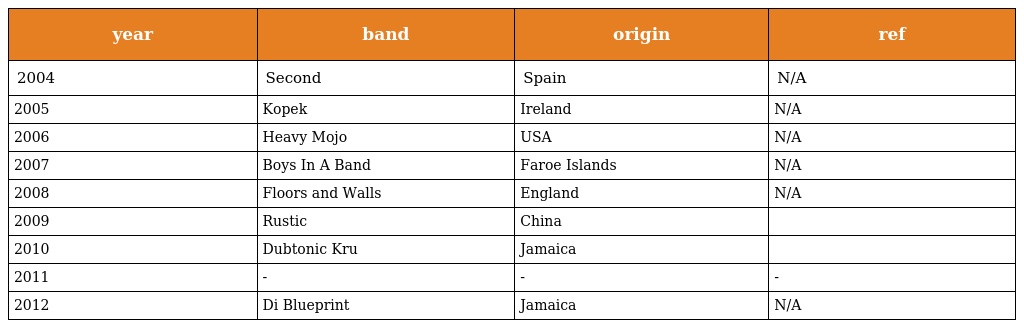
| year | band | origin | ref |
 | --- | --- | --- | --- |
 | 2004 | Second | Spain | N/A |
 | 2005 | Kopek | Ireland | N/A |
 | 2006 | Heavy Mojo | USA | N/A |
 | 2007 | Boys In A Band | Faroe Islands | N/A |
 | 2008 | Floors and Walls | England | N/A |
 | 2009 | Rustic | China |  |
 | 2010 | Dubtonic Kru | Jamaica |  |
 | 2011 | - | - | - |
 | 2012 | Di Blueprint | Jamaica | N/A |